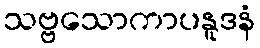
သဗ္ဗသောကာပနူဒနံ